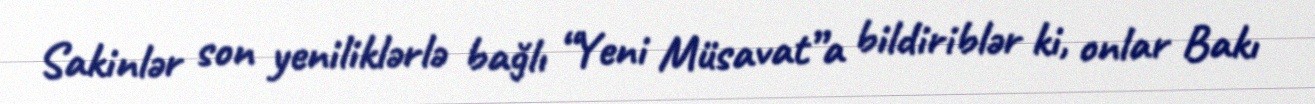
Sakinlər son yeniliklərlə bağlı “Yeni Müsavat”a bildiriblər ki, onlar Bakı